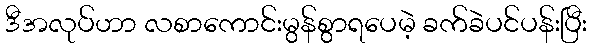
ဒီအလုပ်ဟာ လစာကောင်းမွန်စွာရပေမဲ့ ခက်ခဲပင်ပန်းပြီး